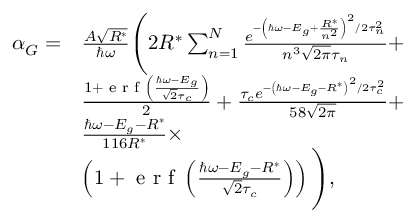
\begin{array} { r l } { \alpha _ { G } = } & { \frac { A \sqrt { R ^ { * } } } { \hbar \omega } \Bigg ( 2 R ^ { * } \sum _ { n = 1 } ^ { N } \frac { e ^ { - \left( \hbar \omega - E _ { g } + \frac { R ^ { * } } { n ^ { 2 } } \right) ^ { 2 } / 2 \tau _ { n } ^ { 2 } } } { n ^ { 3 } \sqrt { 2 \pi } \tau _ { n } } + } \\ & { \frac { 1 + \textrm { e r f } \left( \frac { \hbar \omega - E _ { g } } { \sqrt { 2 } \tau _ { c } } \right) } { 2 } + \frac { \tau _ { c } e ^ { - \left( \hbar \omega - E _ { g } - R ^ { * } \right) ^ { 2 } / 2 \tau _ { c } ^ { 2 } } } { 5 8 \sqrt { 2 \pi } } + } \\ & { \frac { \hbar \omega - E _ { g } - R ^ { * } } { 1 1 6 R ^ { * } } \times } \\ & { \left( 1 + \textrm { e r f } \left( \frac { \hbar \omega - E _ { g } - R ^ { * } } { \sqrt { 2 } \tau _ { c } } \right) \right) \Bigg ) , } \end{array}